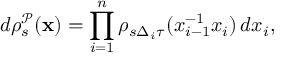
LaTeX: d \rho _ { s } ^ { \mathcal { P } } ( \mathbf { x } ) = \prod _ { i = 1 } ^ { n } \rho _ { s \Delta _ { i } \tau } ( x _ { i - 1 } ^ { - 1 } x _ { i } ) \, d x _ { i } ,